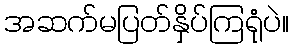
အဆက်မပြတ်နှိပ်ကြရုံပဲ။